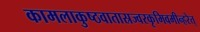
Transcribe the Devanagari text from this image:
कामलाकुष्ठवातास्रज्वरकृमिवमीन्हरेत्